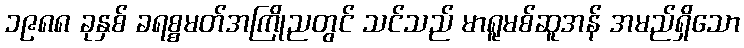
၁၉၈၈ ခုနှစ် ခရစ္စမတ်အကြိုညတွင် သင်သည် မာရူမစ်ဆူအန် အမည်ရှိသော